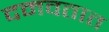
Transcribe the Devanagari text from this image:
दमवतात